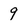
Character: 9